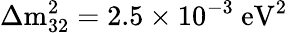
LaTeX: \Delta\mathrm{m}_{32}^{2}=2.5\times 10^{-3}~\mathrm{eV}^{2}